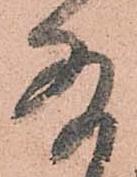
存